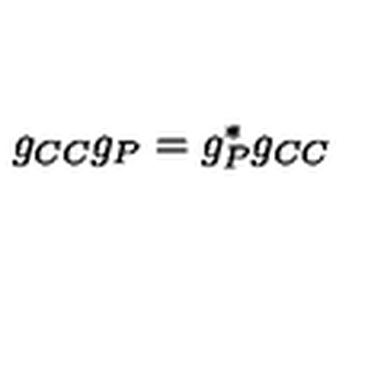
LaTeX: g _ { C C } g _ { P } = g _ { P } ^ { * } g _ { C C }